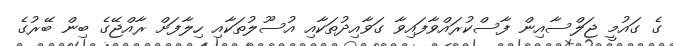
ގެ ގައުމީ ޖަލްސާއިން ފާސްކުރައްވާފައިވާ ގަވާއިދުތަކާއި އުސޫލުތަކާއި ހިލާފަށް ރާއްޖޭގެ ބިން ބޭރުގެ